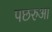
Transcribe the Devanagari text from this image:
पछरुआ